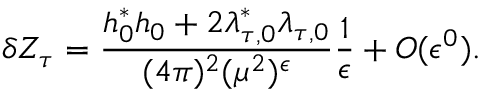
\delta Z _ { \tau } = \frac { h _ { 0 } ^ { * } h _ { 0 } + 2 \lambda _ { \tau , 0 } ^ { * } \lambda _ { \tau , 0 } } { ( 4 \pi ) ^ { 2 } ( \mu ^ { 2 } ) ^ { \epsilon } } \frac { 1 } { \epsilon } + { \cal O } ( \epsilon ^ { 0 } ) .